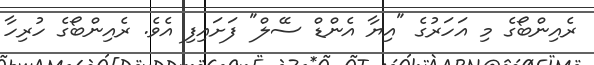
ރެއިންބޯގެ މި އަހަރުގެ "އިޔާ އެންޑް ސޭލް" ފަށައިފި އެވެ. ރެއިންބޯގެ ހުރިހާ